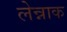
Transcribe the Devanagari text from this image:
लेन्नाक